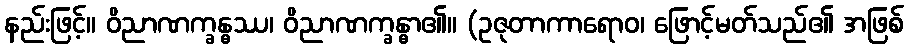
နည်းဖြင့်။ ဝိညာဏက္ခန္ဓဿ၊ ဝိညာဏက္ခန္ဓာ၏။ (ဥဇုတာကာရောဝ၊ ဖြောင့်မတ်သည်၏ အဖြစ်